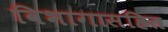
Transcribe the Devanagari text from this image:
विभागासहित